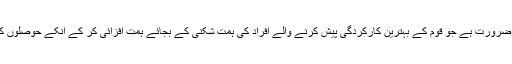
اور قوم کے لئے ایسے ہی افراد کی اشد ضرورت ہے جو قوم کے بہترین کارکردگی پیش کرنے والے افراد کی ہمت شکنی کے بجائے ہمت افزائی کر کے انکے حوصلوں کو مزید بڑھانے کی کوشش کرتے ہوں ۔